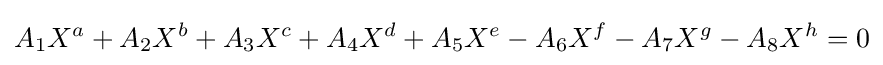
A_{1}X^{a}+A_{2}X^{b}+A_{3}X^{c}+A_{4}X^{d}+A_{5}X^{e}-A_{6}X^{f}-A_{7}X^{g}-A_{8}X^{h}=0